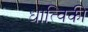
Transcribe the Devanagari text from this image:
धात्विकी